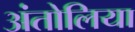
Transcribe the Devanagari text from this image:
अंतोलिया